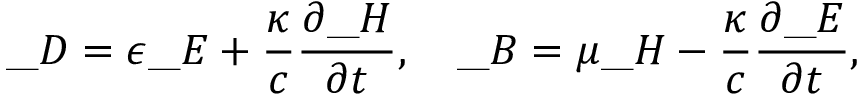
\_ D = \epsilon \_ E + \frac { \kappa } { c } \frac { \partial \_ H } { \partial t } , \quad \_ B = \mu \_ H - \frac { \kappa } { c } \frac { \partial \_ E } { \partial t } ,